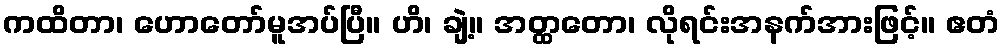
ကထိတာ၊ ဟောတော်မူအပ်ပြီ။ ဟိ၊ ချဲ့။ အတ္ထတော၊ လိုရင်းအနက်အားဖြင့်။ ဧတံ